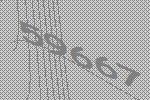
59667